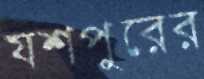
যশপুরের